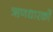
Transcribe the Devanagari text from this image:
ऋणधारकों